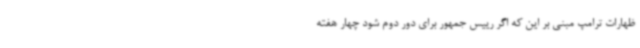
ظهارات ترامپ مبنی بر این که اگر رییس جمهور برای دور دوم شود چهار هفته